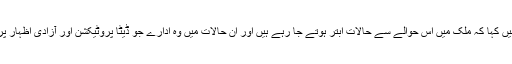
’بولوبھی‘ کی ڈائریکٹر فریحہ عزیز نے ایک ٹوئٹر پیغام میں کہا کہ ملک میں اس حوالے سے حالات ابتر ہوتے جا رہے ہیں اور ان حالات میں وہ ادارے جو ڈیٹا پروٹیکشن اور آزادی اظہار پر یقین رکھتے ہیں ملک میں کام کرنے سے گھبرائیں گے۔